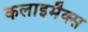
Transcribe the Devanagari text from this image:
कलाइमैक्स